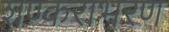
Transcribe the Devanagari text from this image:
शण्कराभरण